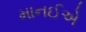
માનઈએ